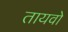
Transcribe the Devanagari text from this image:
तायवो